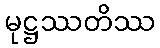
မုဋ္ဌဿတိဿ